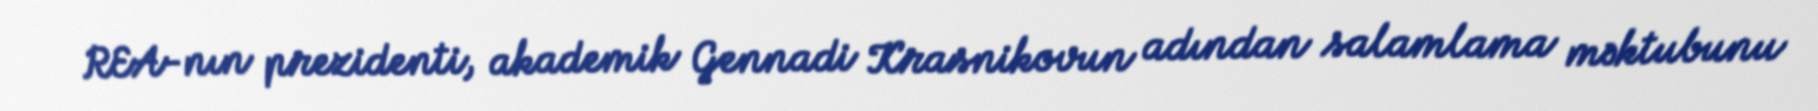
REA-nın prezidenti, akademik Gennadi Krasnikovun adından salamlama məktubunu